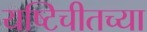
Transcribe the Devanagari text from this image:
यष्टिचीतच्या